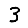
Digit: 3